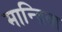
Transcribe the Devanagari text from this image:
मान्द्रिवा